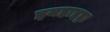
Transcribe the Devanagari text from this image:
इनहाइड्रा